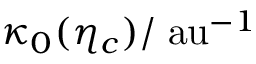
\kappa _ { 0 } ( \eta _ { c } ) / \; { \mathrm { a u } } ^ { - 1 }